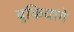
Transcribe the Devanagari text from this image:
बुकियांगे